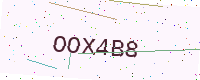
Text: OOX4B8